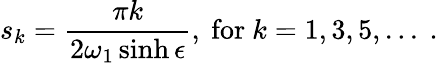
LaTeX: s_{k}=\frac{\pi k}{2\omega_{1}\sinh\epsilon},~\mathrm{for}~k=1,3,5,...~.